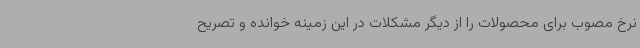
نرخ مصوب برای محصولات را از دیگر مشکلات در این زمینه خوانده و تصریح